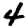
Digit: 4